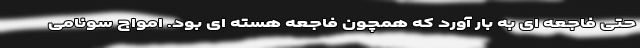
حتی فاجعه ای به بار آورد که همچون فاجعه هسته ای بود. امواج سونامی